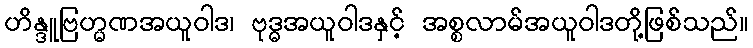
ဟိန္ဒူဗြဟ္မဏအယူဝါဒ၊ ဗုဒ္ဓအယူဝါဒနှင့် အစ္စလာမ်အယူဝါဒတို့ဖြစ်သည်။